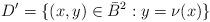
LaTeX: \begin{align*}D'=\{(x,y)\in \bar{B}^2:y=\nu(x)\}\end{align*}